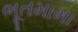
ભૂતમામા